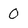
Character: 0